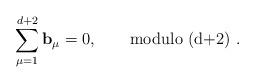
LaTeX: \begin{align*}\sum_{\mu =1}^{d+2}{\bf b}_{\mu }=0,\qquad \mbox {modulo (d+2) }.\end{align*}